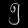
Digit: ၅